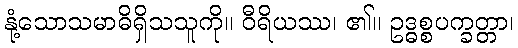
နုံ့သောသမာဓိရှိသသူကို။ ဝီရိယဿ၊ ၏။ ဥဒ္ဓစ္စပက္ခတ္တာ၊